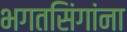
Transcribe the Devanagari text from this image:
भगतसिंगांना